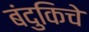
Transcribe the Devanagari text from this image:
बंदुकिचे